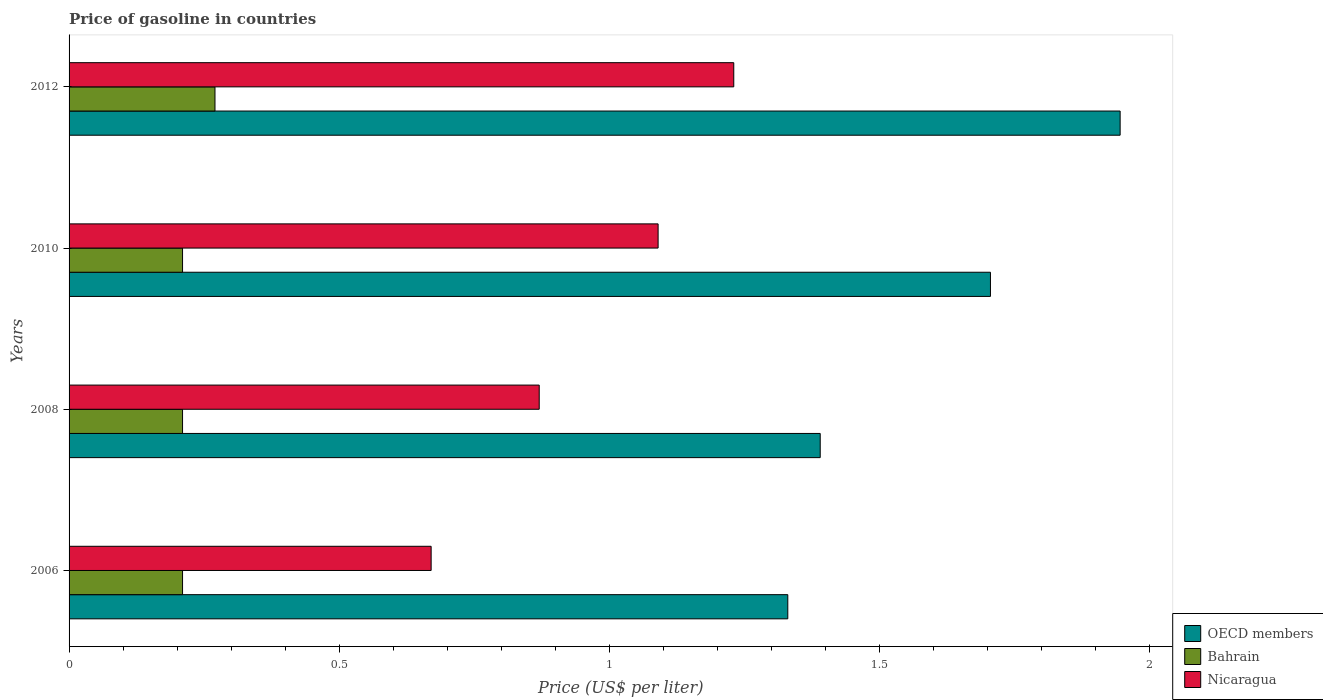
| Years | OECD members | Bahrain | Nicaragua |
 | --- | --- | --- | --- |
 | 2006 | 1.33 | 0.21 | 0.67 |
 | 2008 | 1.39 | 0.21 | 0.87 |
 | 2010 | 1.71 | 0.21 | 1.09 |
 | 2012 | 1.95 | 0.27 | 1.23 |